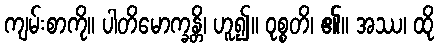
ကျမ်းစာကို။ ပါတိမောက္ခန္တိ၊ ဟူ၍။ ဝုစ္စတိ၊ ၏။ အဿ၊ ထို